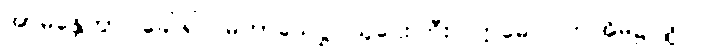
အာမန္တေတွာ၊ ခေါ်၍။ မဟာသေဋ္ဌိ၊ သူဌေးကြီး။ ဣဓေဝ၊ ဤအိမ်၌လျှင်။